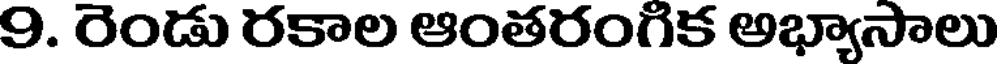
9. రెండు రకాల ఆంతరంగిక అభ్యాసాలు